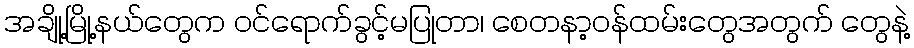
အချို့မြို့နယ်တွေက ဝင်ရောက်ခွင့်မပြုတာ၊ စေတနာ့ဝန်ထမ်းတွေအတွက် တွေနဲ့